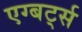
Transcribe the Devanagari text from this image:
एग्बर्ट्स